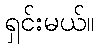
ရှင်းမယ်။